Dysentery in Hazaribagh Central Jail - Number 52
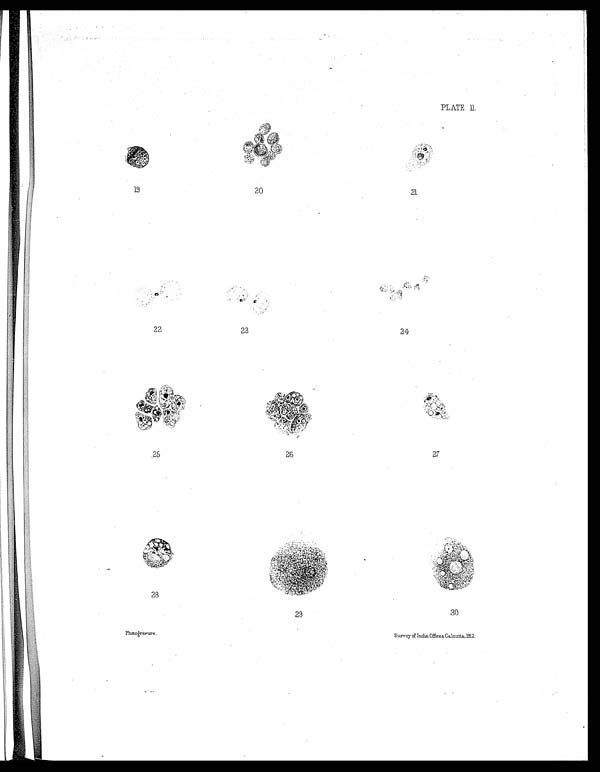
PLATE II.
19
20
21
22
23
24
25 26 27
28
29
30
Photoģravure
Survey of India. Office s, Calcutta,1912.